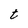
Character: t